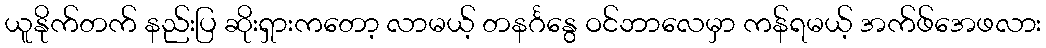
ယူနိုက်တက် နည်းပြ ဆိုးရှားကတော့ လာမယ့် တနင်္ဂနွေ ဝင်ဘာလေမှာ ကန်ရမယ့် အက်ဖ်အေဖလား